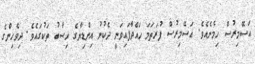
އަސޭމިރުސް ހިމެނެއެވެ. އަސޭމިރުސް ފުރަތަމަ ހައްދާފައިވަނީ ދެކުނު އިންޑިޔާގެ ހިސާބު ތަކުގައެވެ. ދިވެހިންގެ